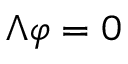
\Lambda \varphi = 0